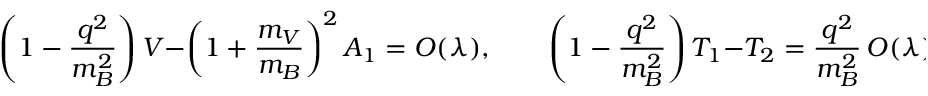
\left( 1 - \frac { q ^ { 2 } } { m _ { B } ^ { 2 } } \right) V - \left( 1 + \frac { m _ { V } } { m _ { B } } \right) ^ { 2 } A _ { 1 } = { \cal O } ( \lambda ) , \qquad \left( 1 - \frac { q ^ { 2 } } { m _ { B } ^ { 2 } } \right) T _ { 1 } - T _ { 2 } = \frac { q ^ { 2 } } { m _ { B } ^ { 2 } } \, { \cal O } ( \lambda ) ,